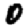
Digit: 0